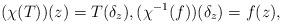
LaTeX: \begin{align*}(\chi (T))(z) = T(\delta_z), (\chi^{-1}(f))(\delta_z) = f(z),\end{align*}